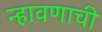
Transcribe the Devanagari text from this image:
न्हावणाची